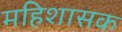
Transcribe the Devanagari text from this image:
महिशासक